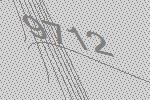
9712